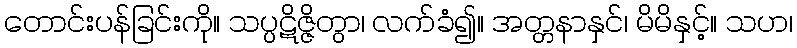
တောင်းပန်ခြင်းကို။ သပ္ပဋိဇ္ဇိတွာ၊ လက်ခံ၍။ အတ္တနာနှင်၊ မိမိနှင့်။ သဟ၊